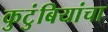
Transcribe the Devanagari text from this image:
कुटुंबियांचा